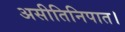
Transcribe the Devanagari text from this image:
असीतिनिपात।